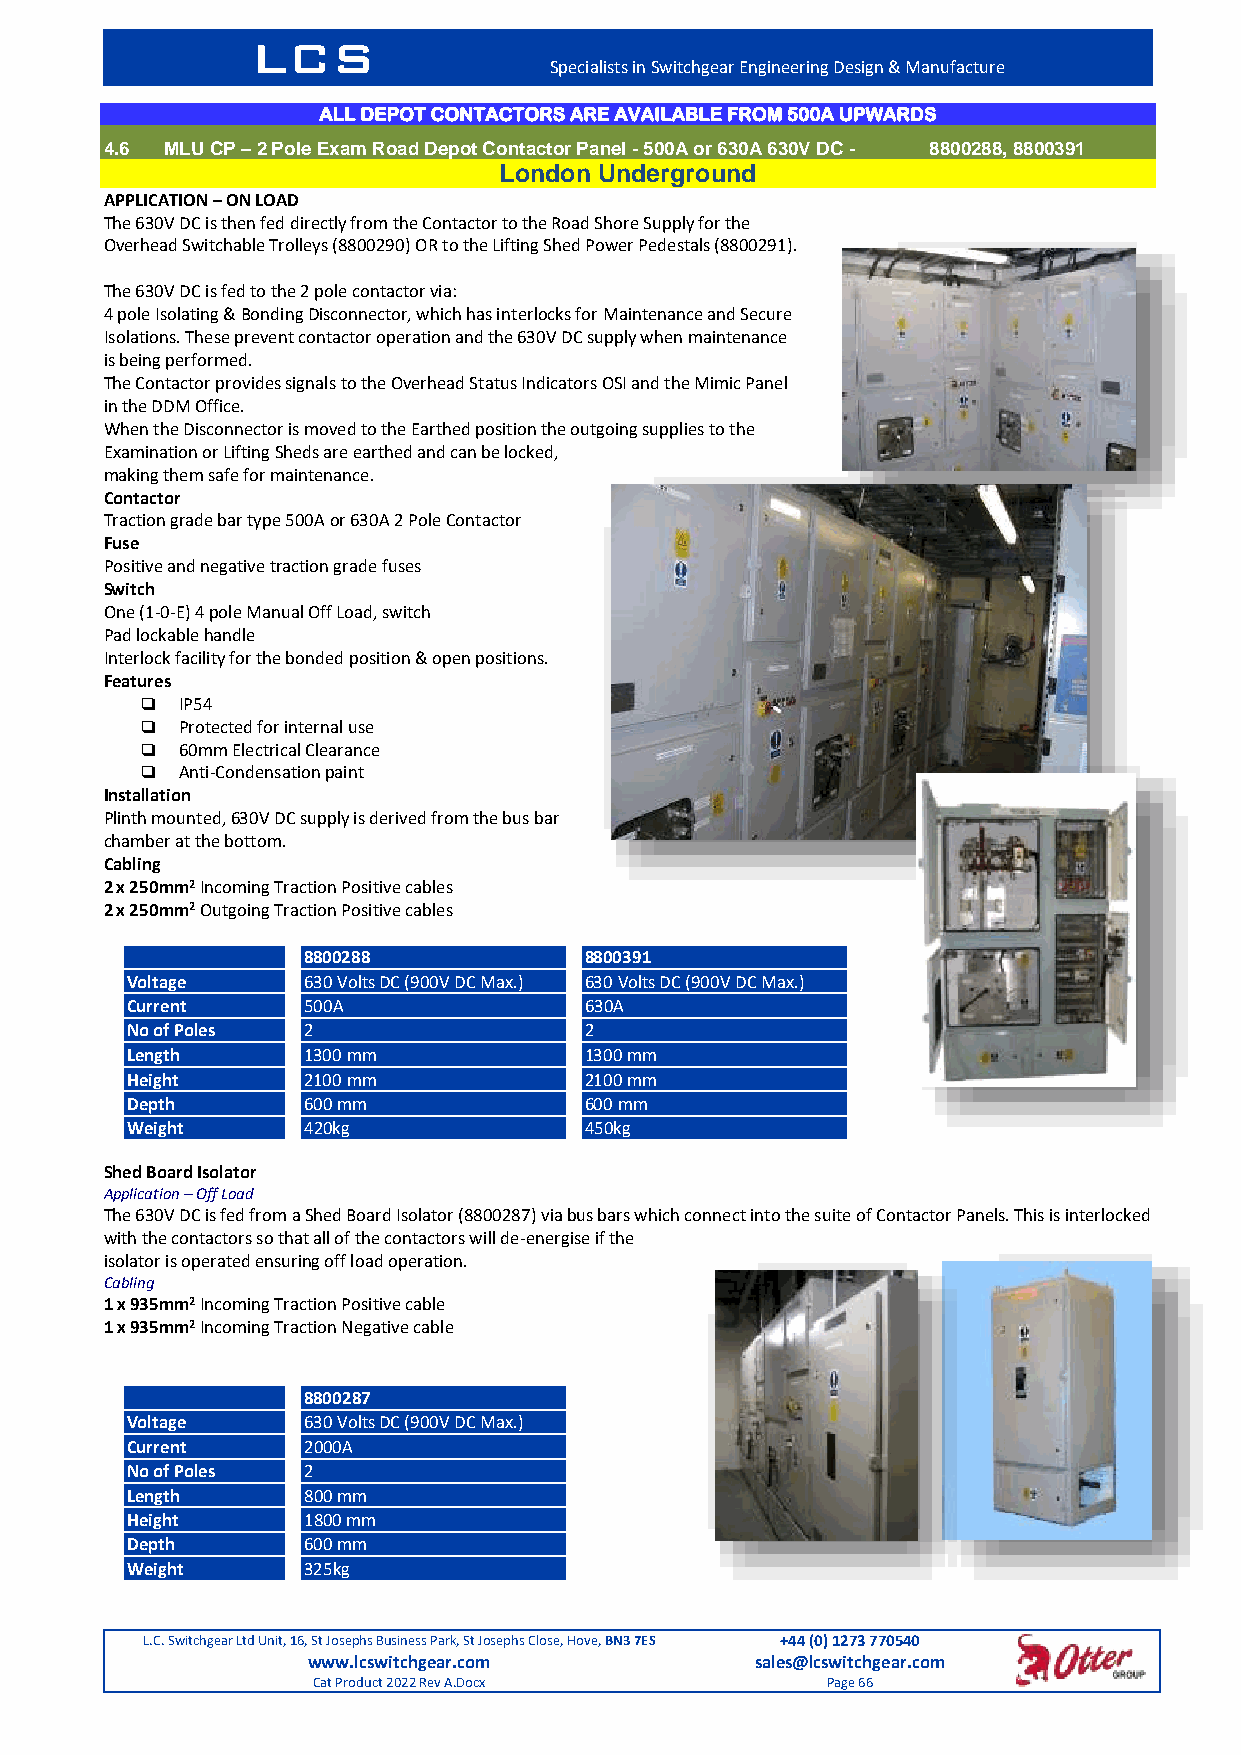
LCS
 Specialists in Switchgear Engineering Design & Manufacture
 ALL DEPOT CONTACTORS ARE AVAILABLE FROM 500A UPWARDS
 4.6 MLU CP – 2 Pole Exam Road Depot Contactor Panel - 500A or 630A 630V DC - 8800288, 8800391
 London Underground
 APPLICATION – ON LOAD
 The 630V DC is then fed directly from the Contactor to the Road Shore Supply for the
 Overhead Switchable Trolleys (8800290) OR to the Lifting Shed Power Pedestals (8800291).
 The 630V DC is fed to the 2 pole contactor via:
 4 pole Isolating & Bonding Disconnector, which has interlocks for Maintenance and Secure
 Isolations. These prevent contactor operation and the 630V DC supply when maintenance
 is being performed.
 The Contactor provides signals to the Overhead Status Indicators OSI and the Mimic Panel
 in the DDM Office.
 When the Disconnector is moved to the Earthed position the outgoing supplies to the
 Examination or Lifting Sheds are earthed and can be locked,
 making them safe for maintenance.
 Contactor
 Traction grade bar type 500A or 630A 2 Pole Contactor
 Fuse
 Positive and negative traction grade fuses
 Switch
 One (1-0-E) 4 pole Manual Off Load, switch
 Pad lockable handle
 Interlock facility for the bonded position & open positions.
 Features
   IP54
   Protected for internal use
   60mm Electrical Clearance
   Anti-Condensation paint
 Installation
 Plinth mounted, 630V DC supply is derived from the bus bar
 chamber at the bottom.
 Cabling
 2 x 250mm2 Incoming Traction Positive cables
 2 x 250mm2 Outgoing Traction Positive cables
 8800288            8800391
 Voltage     630 Volts DC (900V DC Max.) 630 Volts DC (900V DC Max.)
 Current     500A               630A
 No of Poles 2                  2
 Length      1300 mm            1300 mm
 Height      2100 mm            2100 mm
 Depth       600 mm             600 mm
 Weight      420kg              450kg
 Shed Board Isolator
 Application – Off Load
 The 630V DC is fed from a Shed Board Isolator (8800287) via bus bars which connect into the suite of Contactor Panels. This is interlocked
 with the contactors so that all of the contactors will de-energise if the
 isolator is operated ensuring off load operation.
 Cabling
 1 x 935mm2 Incoming Traction Positive cable
 1 x 935mm2 Incoming Traction Negative cable
 8800287
 Voltage     630 Volts DC (900V DC Max.)
 Current     2000A
 No of Poles 2
 Length      800 mm
 Height      1800 mm
 Depth       600 mm
 Weight      325kg
 L.C. Switchgear Ltd Unit, 16, St Josephs Business Park, St Josephs Close, Hove, BN3 7ES +44 (0) 1273 770540
 www.lcswitchgear.com          sales@lcswitchgear.com
 Cat Product 2022 Rev A.Docx       Page 66